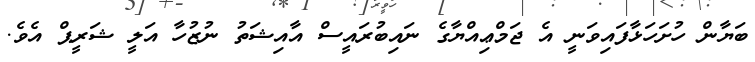
ބަޔާން ހުށަހަޅާފައިވަނީ އެ ޖަމްޢިއްޔާގެ ނައިބުރައީސް އާއިޝަތު ނުޒުހާ އަލީ ޝަރީޕް އެވެ.